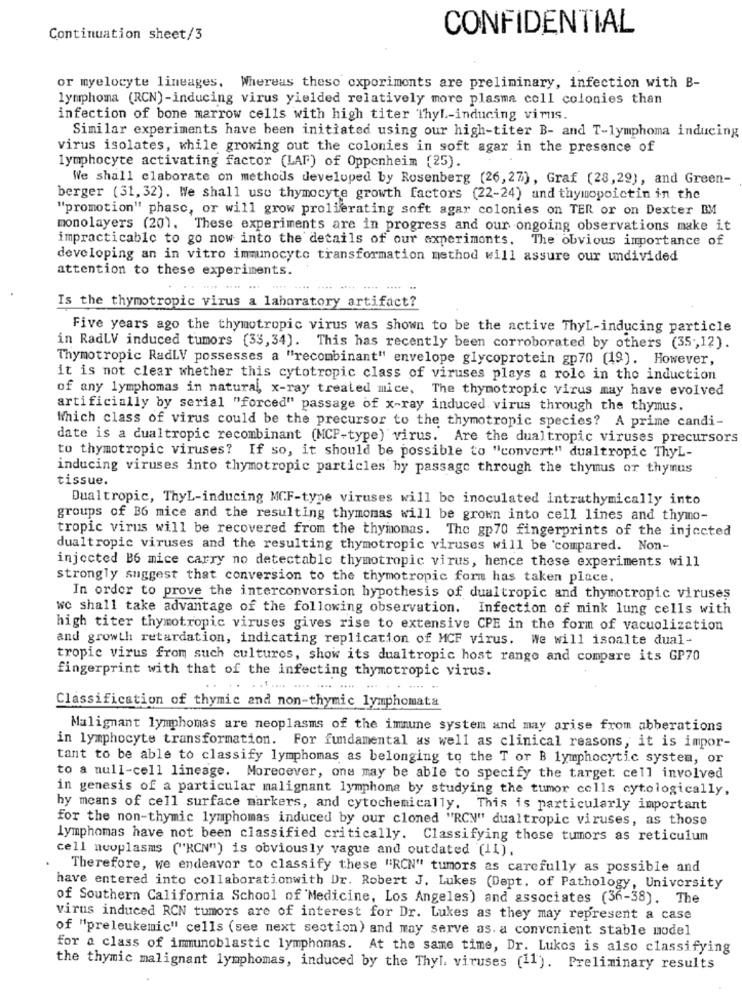
CONFIDENTIAL
Continuation sheet/3
or myelocyte lineages, Whereas thesc cxporiments are preliminary, infection with B-
lymphoma (RCN)-inducing virus yielded relatively more plasma coll colonies than
infection of bone marrow cells with high titer Thyl-inducing virus.
Similar experiments have been initiated using our high-titer B- and T-lymphoma inducing
virus isolates, while growing out the colonies in soft agar in the presence of
lymphocyte activating factor (LAF) of Oppenheim (25).
We shall elaborate on methods developed by Rosenberg (26,2%), Graf (28,22), and Green-
berger (31, 32). We shall use thymocyte growth factors (22-24) and thymopoictin in the
"promotion" phase, or will grow proliferating soft agar colonies on TER or on Dexter BM
monolayers (20). These experiments are in progress and our ongoing observations make it
impracticable to go now into the details of our experiments. The obvious importance of
developing an in vitro immumocyte transformation method will assure our undivided
attention to these experiments.
Is the thymotropic virus a laboratory artifact?
Five years ago the thymotropic virus was shown to be the active ThyL-inducing particle
in RadLV induced tumors (33, 34). This has recently been corroborated by others (35 -, 12).
Thymotropic RadLV possesses a "recombinant" envelope glycoprotein gp70 (19). However,
it is not clear whether this cytotropic class of viruses plays a role in the induction
of any lymphomas in natural, x-ray treated mice, The thymotropic virus may have evolved
artificially by serial "forced" passage of x-ray induced virus through the thymus.
Which class of virus could be the precursor to the thymotropic species? A prime candi-
date is a dualtropic recombinant (MCF-type) virus. Are the dualtropic viruses precursors
to thymotropic viruses? If so, it should be possible to "convert" dualtropic ThyL-
inducing viruses into thymotropic particles by passage through the thymus or thymus
tissue.
Dualtropic, ThyL-inducing MCF-type viruses will be inoculated intrathymically into
groups of B6 mice and the resulting thymomas will be grown into cell lines and thymo-
tropic virus will be recovered from the thymomas. The gp70 fingerprints of the injected
dualtropic viruses and the resulting thymotropic viruses will be compared. Non-
injected B6 mice carry no detectable thymotropic virus, hence these experiments will
strongly suggest that conversion to the thymotropic form has taken place.
In order to prove the interconversion hypothesis of dualtropic and thymotropic viruses
we shall take advantage of the following observation. Infection of mink lung cells with
high titer thymotropic viruses gives rise to extensive CPE in the form of vacuolization
and growth retardation, indicating replication of MCF virus. We will isoalte dual-
tropic virus from such cultures, show its dualtropic host range and compare its GP70
fingerprint with that of the infecting thymotropic virus.
Classification of thymic and non-thymic lymphomata
Malignant lymphomas are neoplasms of the immune system and may arise from abberations
in lymphocyte transformation. For fundamental as well as clinical reasons, it is impor-
tant to be able to classify lymphomas as belonging to the T or B lymphocytic system, or
to a null-cell lineage. Moreoever, one may be able to specify the target. cell involved
in genesis of a particular malignant lymphoma by studying the tumor cells cytologically,
hy means of cell surface markers, and cytochemically. This is particularly important
for the non-thymic lymphomas induced by our cloned "RCN" dualtropic viruses, as those
lymphomas have not been classified critically. Classifying those tumors as reticulum
cell neoplasms ("RCN") is obviously vague and outdated (11).
Therefore, we endeavor to classify these "RCN" tumors as carefully as possible and
have entered into collaborationwith Dr. Robert J. Lukes (Dept. of Pathology, University
of Southern California School of Medicine, Los Angeles) and associates (36-38). The
virus induced RCN tumors are of interest for Dr. Lukes as they may represent a case
of "preleukemic" cells (see next section) and may serve as. a convenient stable model
for a class of immunoblastic lymphomas. At the same time, Dr. Lukes is also classifying
the thymic malignant lymphomas, induced by the Thyl. viruses (11). Preliminary results